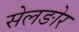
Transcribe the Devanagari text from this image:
सेलङोर